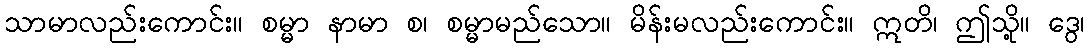
သာမာလည်းကောင်း။ စမ္မာ နာမာ စ၊ စမ္မာမည်သော။ မိန်းမလည်းကောင်း။ ဣတိ၊ ဤသို့။ ဒွေ၊